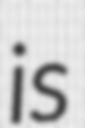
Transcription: is